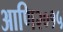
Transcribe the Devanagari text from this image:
आणि२०१५